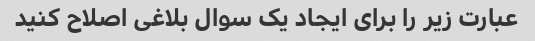
عبارت زیر را برای ایجاد یک سوال بلاغی اصلاح کنید